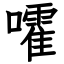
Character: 嚯